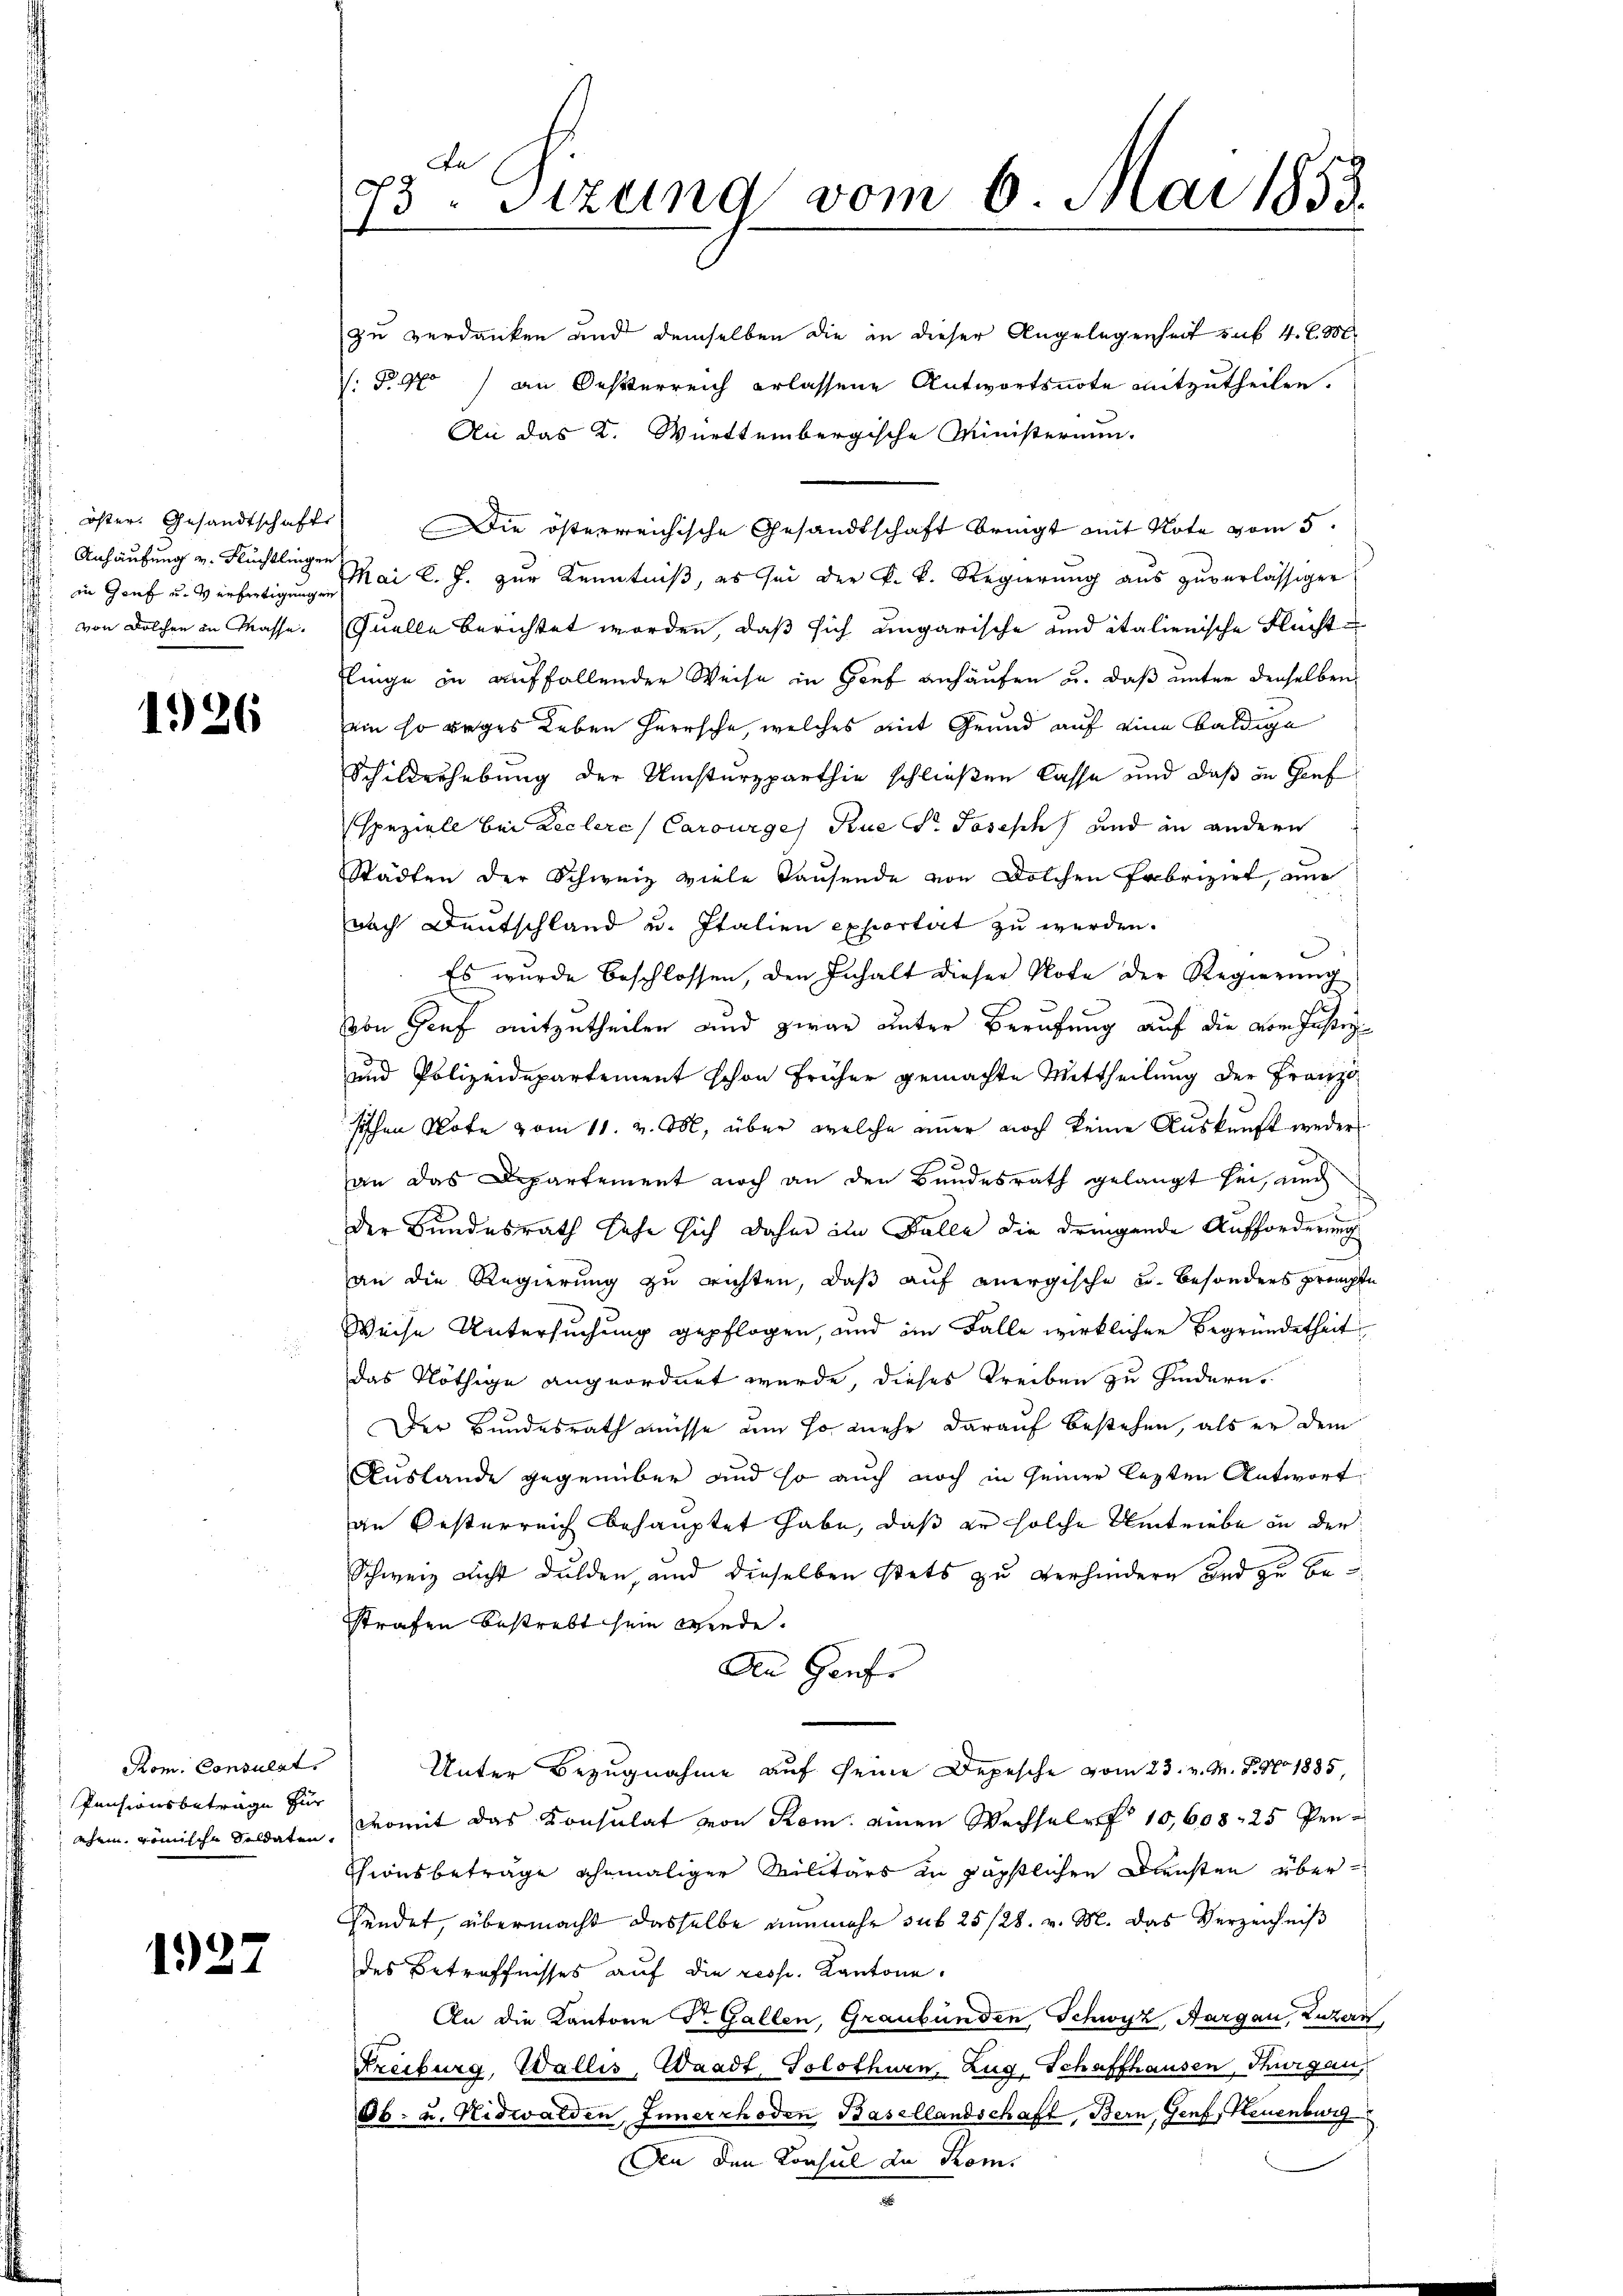
Anhäufung v. Flüchtlingen
: von Dolchen in Masse.

1926

Rom. Consulat
Pensionsbeträge für

1927

zu verdanken und demselben die in dieser Angelegenheit sub 4. l. M.
: d. M. an Oesterreich erlassene Antwortsnote mitzutheilen.
An das K. Württembergische Ministerium.
öster. Gesandtschaft. Die österreichische Gesandtschaft bringt mit Note vom 5.
in Genf u. Verhätigen Mai l. J. zur Kenntniß, es sei der k. k. Regierung aus zuverlässigen
Quelle berichtet worden, daß sich ungarische und italienische Flüchte
Elinge in auffallender Weise in Genf anhäufen u. daß unter denselben
ein so weges Leben Herrsche, welches mit Grund auf eine baldige
Schilderhebung der Umsturzparthin schließen lasse und daß in Genf
speziell bei Reclere Carourges Rue Dr. Joseph, und in andern
Städten der Schweiz viele Tausende von Dolchen Fabriziel, ane
nach Deutschland u. Italien exportirt zu werden.
Es wurde beschlossen, den Inhalt dieser Note der Regierung
on tief mitzutheilen und zwar unter Berufung auf die vom Justiz-
und Polizeidepartement schon früher gemachte Mittheilung der Franzo
sischen Note vom 11. v. M. über welche immer noch keine Auskunft wederan das Departement noch an den Bundesrath gelangt sei, auch
der Bundesrath sehe sich daher im Falle die dringende Aufforderung
an die Regierung zu richten, daß auf anergische u. besonders prompte
Weise Untersuchung gepflogen, und im Falle wirklichen Begründetheit
das Nöthige angeordnet wurde, dieses Treiben zu hindern.
Der Bundesrath müsse um so mehr darauf bestehen, als er dem
Auslande gegenüber und so auch noch in seiner lezten Antwort
an Oesterreich behauptet habe, daß er solche Umtriebe in der
Schweiz nicht dulden, und dieselben stets zu verhindern und zu bestrafen bestrebt sein werde.
An Genfe
Unter Bezugnahme auf seine Depesche vom 23. v. M. B. No 1885,
ahem römische Soldaten. Womit das Konsulat von Rom. einen Wechselr 10,608. 25 Pen¬
Chionsbeträge ehemaliger Militärs in päpstlichen Diensten über¬
Pendet, übermacht dasselbe nunmehr sub 25/28. v. M. das Verzeichniß
des Betreffnisses auf die resp. Kantone.
An die Kantone Dr. Gallen, Graubünden Schwyz, Aargau, Luzern,
Freiburg, Wallis, Waadt, Solothurn, Zug, Schaffhausen, Thurgau,
Ob- u. Nidwalden, Innerrhoden Basellandschaft, Bern, Genf, Neuenburg
Den den Konsul zu Rom.

73. Sizung vom 6. Mai 1853.